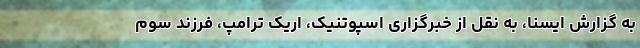
به گزارش ایسنا، به نقل از خبرگزاری اسپوتنیک، اریک ترامپ، فرزند سوم